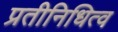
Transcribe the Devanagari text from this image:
प्रतीनिधित्व